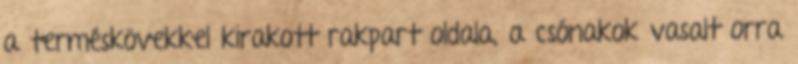
a terméskövekkel kirakott rakpart oldala, a csónakok vasalt orra